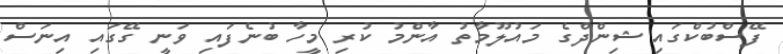
ފޭސްބުކްގައި ޝިންދްގެ މައުލޫމާތު އާންމު ކުރި މީހާ ބުނެފައި ވަނީ ގޭގައި އިނަސް